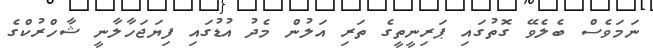
ނަމަވެސް ބެލެވޭ ގޮތުގައި ޕަރިނީތީގެ ތަރި އަލުން މެދު އުޑުގައި ފިޔަޖަހާލާނީ ޝާހްރުކްގެ